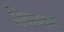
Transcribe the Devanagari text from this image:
शिवस्वराज्य